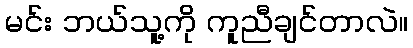
မင်း ဘယ်သူ့ကို ကူညီချင်တာလဲ။